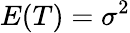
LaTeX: E(T)=\sigma^{2}